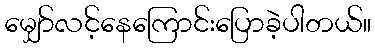
မျှော်လင့်နေကြောင်းပြောခဲ့ပါတယ်။